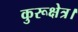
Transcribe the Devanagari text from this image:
कुरूक्षेत्र।